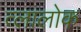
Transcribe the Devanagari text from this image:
त्लालोक